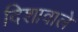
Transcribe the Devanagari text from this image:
दिशावाले